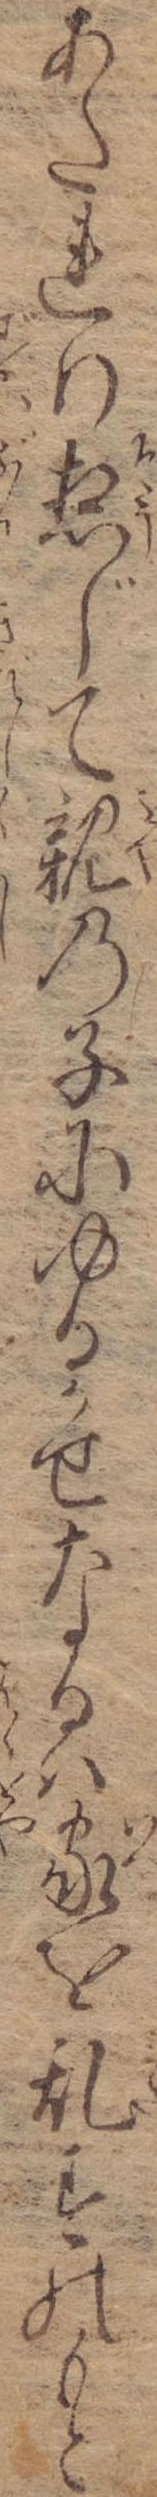
あたれり惣じて親の子にゆるかせなるは家を乱すのもと